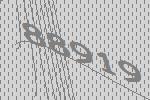
88919